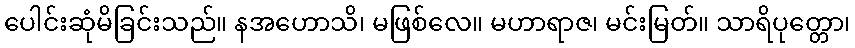
ပေါင်းဆုံမိခြင်းသည်။ နအဟောသိ၊ မဖြစ်လေ။ မဟာရာဇ၊ မင်းမြတ်။ သာရိပုတ္တော၊